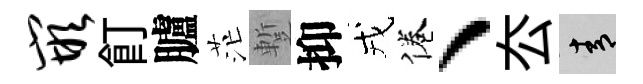
嵌飣臚茫蹔抑戎倦、厺青